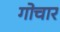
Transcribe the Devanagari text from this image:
गोचार